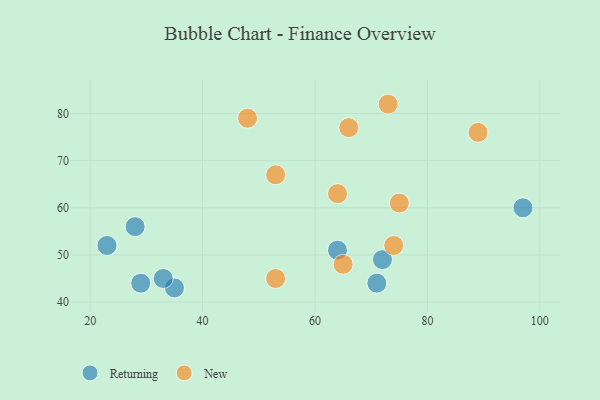
{"axis": {"x": "GDP", "y": "Life Expectancy"}, "legend": ["New", "Returning"], "data": [{"x": "35", "y": 43, "type": "Returning"}, {"x": "97", "y": 60, "type": "Returning"}, {"x": "29", "y": 44, "type": "Returning"}, {"x": "72", "y": 49, "type": "Returning"}, {"x": "33", "y": 45, "type": "Returning"}, {"x": "71", "y": 44, "type": "Returning"}, {"x": "28", "y": 56, "type": "Returning"}, {"x": "23", "y": 52, "type": "Returning"}, {"x": "64", "y": 51, "type": "Returning"}, {"x": "64", "y": 63, "type": "New"}, {"x": "66", "y": 77, "type": "New"}, {"x": "48", "y": 79, "type": "New"}, {"x": "65", "y": 48, "type": "New"}, {"x": "73", "y": 82, "type": "New"}, {"x": "89", "y": 76, "type": "New"}, {"x": "74", "y": 52, "type": "New"}, {"x": "53", "y": 45, "type": "New"}, {"x": "53", "y": 67, "type": "New"}, {"x": "75", "y": 61, "type": "New"}]}